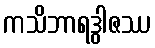
ကသိဘာရဒွါဇဿ